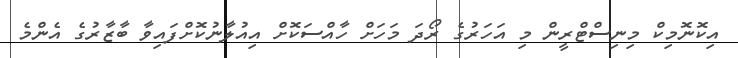
އިކޮނޮމިކް މިނިސްޓްރީން މި އަހަރުގެ ރޯދަ މަހަށް ހާއްސަކޮށް އިއުލާނުކޮށްފައިވާ ބާޒާރުގެ އެންމެ